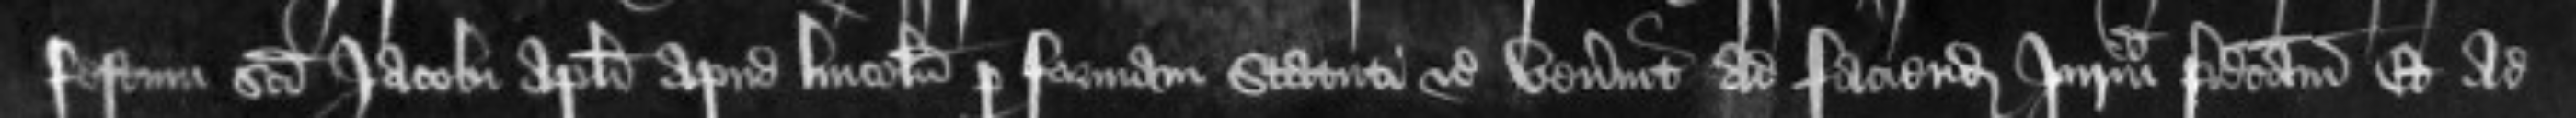
festum Sancti Jacobi Apostoli apud Lincolniam per formam statuti etc venerint ad faciendam Juratam predictam Et ad